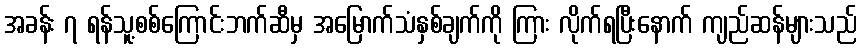
အခန်း ၇ ရန်သူ့စစ်ကြောင်းဘက်ဆီမှ အမြောက်သံနှစ်ချက်ကို ကြား လိုက်ရပြီးနောက် ကျည်ဆန်များသည်